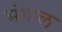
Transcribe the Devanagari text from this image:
भंगाल